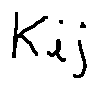
k _ { i j }